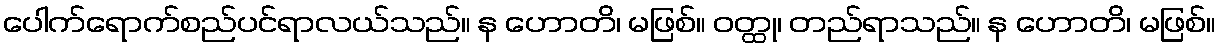
ပေါက်ရောက်စည်ပင်ရာလယ်သည်။ န ဟောတိ၊ မဖြစ်။ ဝတ္ထု၊ တည်ရာသည်။ န ဟောတိ၊ မဖြစ်။